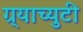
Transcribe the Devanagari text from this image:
ग्र्याच्युटी